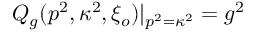
Q _ { g } ( p ^ { 2 } , \kappa ^ { 2 } , \xi _ { o } ) | _ { p ^ { 2 } = \kappa ^ { 2 } } = g ^ { 2 }